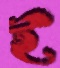
ই